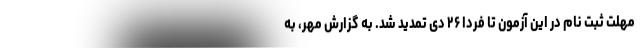
مهلت ثبت نام در این آزمون تا فردا ۲۶ دی تمدید شد. به گزارش مهر، به